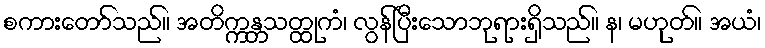
စကားတော်သည်။ အတိက္ကန္တသတ္ထုကံ၊ လွန်ပြီးသောဘုရားရှိသည်။ န၊ မဟုတ်။ အယံ၊